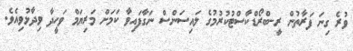
ވުރެ ގިނަ ފަރާތުން ރީ-ބްރޯޑްކާސްޓުކުރުމުގެ ލައިސަންސް ނަގާފައިވާ ކަމަށް މަރިޔަމް ވަހީދާ ވިދާޅުވިއެވެ.